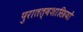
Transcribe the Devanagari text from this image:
पुरातत्‍वशास्त्रियों